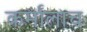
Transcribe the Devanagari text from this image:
कर्मालाच